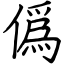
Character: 僞